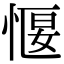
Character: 愝